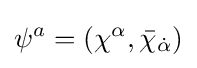
\psi ^{a}=(\chi ^{\alpha },{\bar {\chi }}_{\dot {\alpha }})